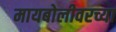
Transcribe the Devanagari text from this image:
मायबोलीवरच्या